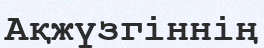
Ақжүзгіннің